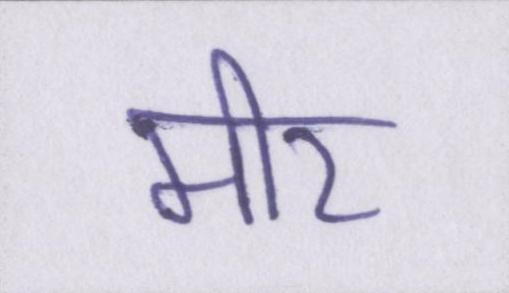
मीर